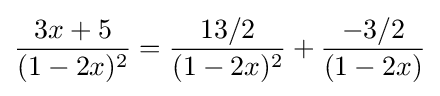
{\frac {3x+5}{(1-2x)^{2}}}={\frac {13/2}{(1-2x)^{2}}}+{\frac {-3/2}{(1-2x)}}